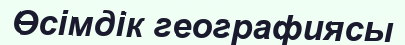
Өсімдік географиясы